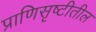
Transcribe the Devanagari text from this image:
प्राणिसृष्टीतील